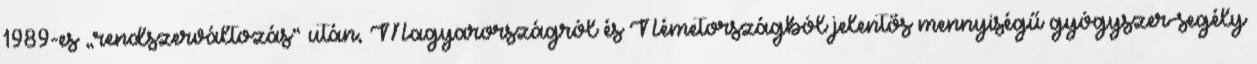
1989-es „rendszerváltozás” után, Magyarországról és Németországból jelentős mennyiségű gyógyszer-segély